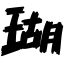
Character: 瑚